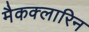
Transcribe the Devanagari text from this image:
मैकक्लारिन